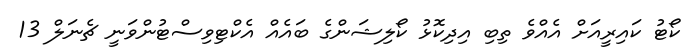
ކޯޓު ކައިރީއަށް އެއްވެ ތިބި އިދިކޮޅު ކޯލިޝަންގެ ބައެއް އެކްޓިވިސްޓުންވަނީ ޗެނަލް 13